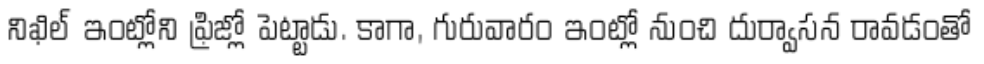
నిఖిల్ ఇంట్లోని ఫ్రిజ్లో పెట్టాడు. కాగా, గురువారం ఇంట్లో నుంచి దుర్వాసన రావడంతో